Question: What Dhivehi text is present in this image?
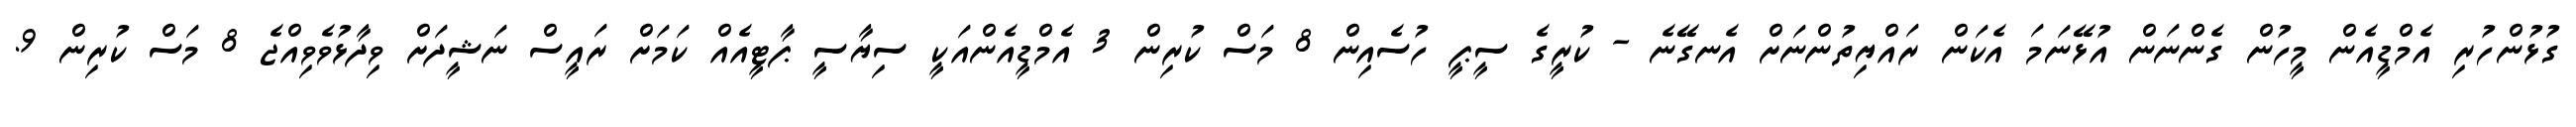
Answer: ގުޅުންހުރި އެމްޑީއެން މީހުން ގެންނަން އުޅޭނަމަ އެކަން ރައްޔިތުންނަށް އެނގޭނެ - ކުރީގެ ސީޕީ ހުސެއިން 8 މަސް ކުރިން 3 އެމްޑީއެންއަކީ ސިޔާސީ ޕާޓީއެއް ކަމަށް ރައީސް ނަޝީދަށް ވިދާޅުވެވިއްޖެ 8 މަސް ކުރިން 9.